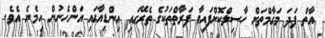
އާތް ފަދަ މަގާމްތަށް ހާސިލްކޮށްފައިވާ ފަރާތްތަކުގެ ތެރޭގައި އިންޑިއާގައި އަންހެނުން ހިމެނެ އެވެ.